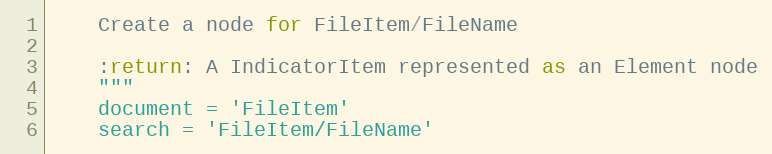
Language: Python
    Create a node for FileItem/FileName

    :return: A IndicatorItem represented as an Element node
    """
    document = 'FileItem'
    search = 'FileItem/FileName'